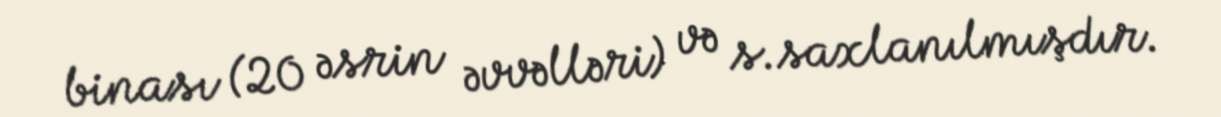
binası (20 əsrin əvvəlləri) və s.saxlanılmışdır.